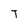
Character: T